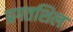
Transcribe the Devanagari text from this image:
प्रगतशिल